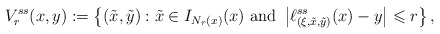
\begin{align*}V ^{ss} _r ( x , y ) := \left\{ ( \tilde{x} , \tilde{y}) : \tilde{x} \in I _{N _r (x)} (x) \mbox{ and } \left| \ell ^{ss} _{(\xi , \tilde{x}, \tilde{y})} ( x ) - y \right| \leqslant r \right\} ,\end{align*}